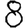
Digit: 8